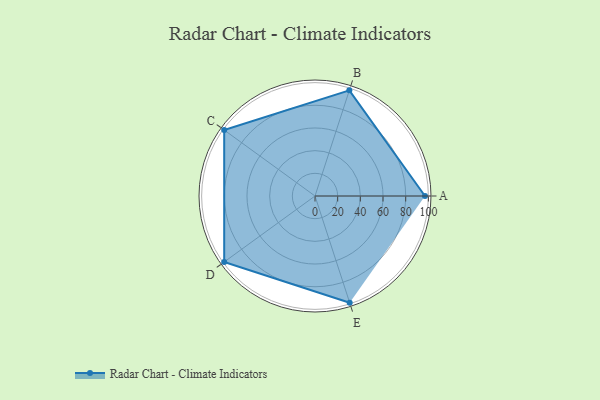
{"axis": {"x": "Skill", "y": "Score"}, "legend": ["Profile"], "data": [{"x": "A", "y": 97.0, "type": "Profile"}, {"x": "B", "y": 98.0, "type": "Profile"}, {"x": "C", "y": 99, "type": "Profile"}, {"x": "D", "y": 99, "type": "Profile"}, {"x": "E", "y": 99, "type": "Profile"}]}